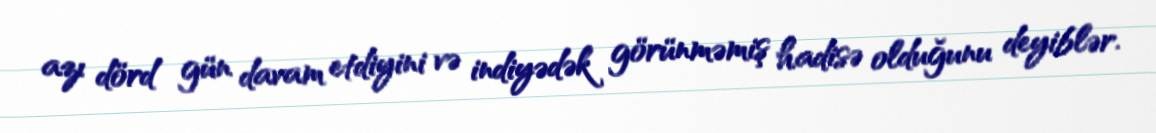
azı dörd gün davam etdiyini və indiyədək görünməmiş hadisə olduğunu deyiblər.